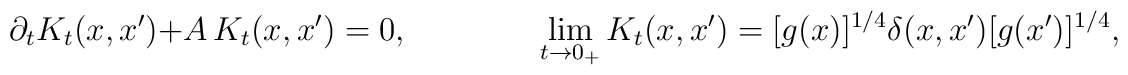
\partial_tK_t(x,x')+A\,K_t(x,x')=0 \:,\qquad\qquad \lim\limits_{t\to 0_+}K_t(x,x')=[g(x)]^{1/4}\delta(x,x')[g(x')]^{1/4} \:,